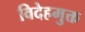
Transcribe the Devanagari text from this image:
विदेहमुक्त